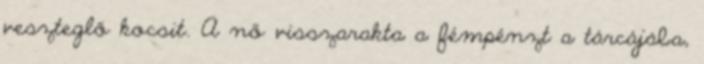
veszteglő kocsit. A nő visszarakta a fémpénzt a tárcájába,